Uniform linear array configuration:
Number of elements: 64
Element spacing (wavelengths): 0.25
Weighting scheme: blackman
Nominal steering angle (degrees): -15
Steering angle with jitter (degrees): -13.434
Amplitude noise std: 0.05
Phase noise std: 0.05

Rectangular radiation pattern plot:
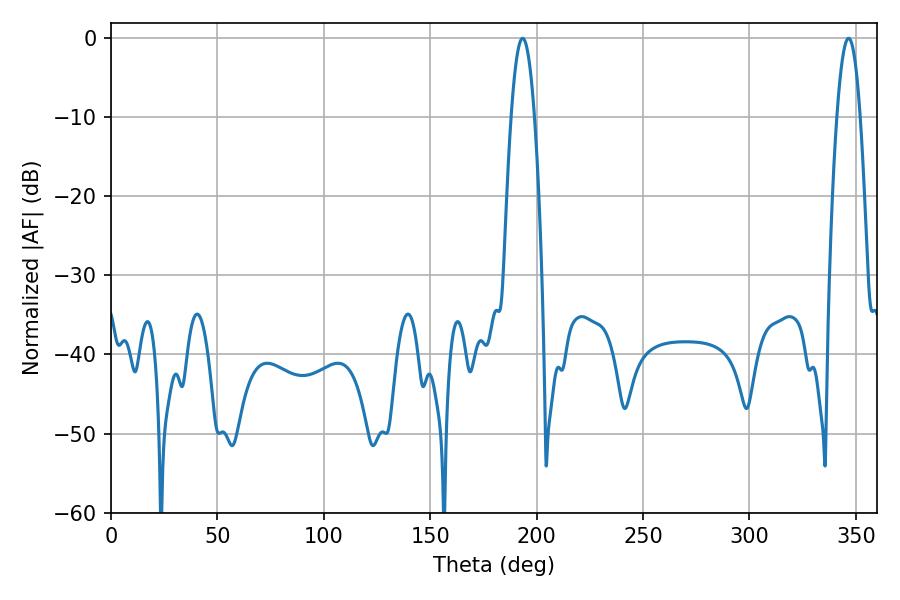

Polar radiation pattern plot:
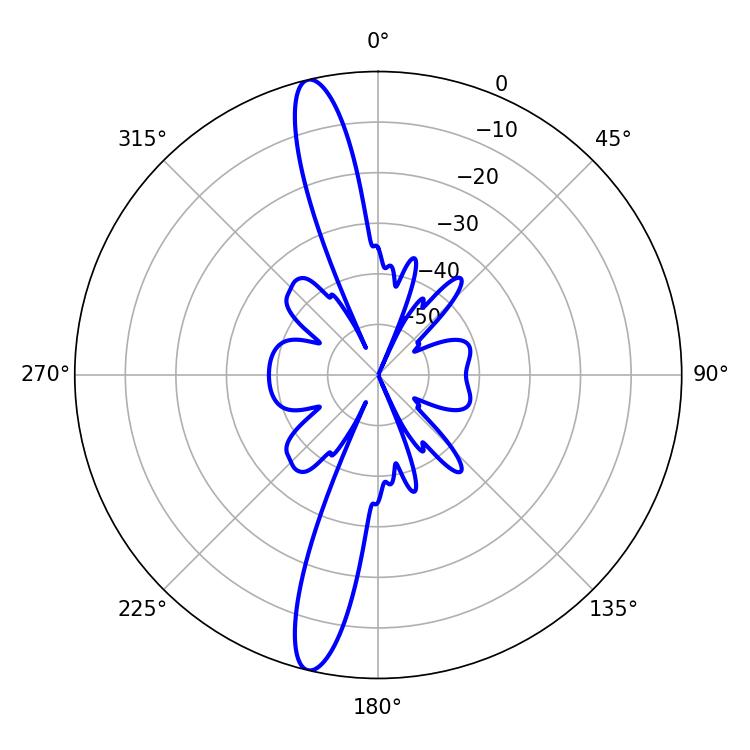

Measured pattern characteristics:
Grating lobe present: FALSE
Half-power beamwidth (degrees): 5.94
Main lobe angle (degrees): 193.5